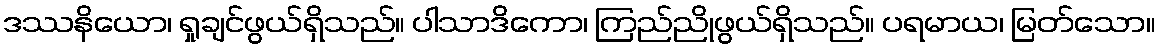
ဒဿနိယော၊ ရှုချင်ဖွယ်ရှိသည်။ ပါသာဒိကော၊ ကြည်ညိုဖွယ်ရှိသည်။ ပရမာယ၊ မြတ်သော။